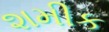
શમીક